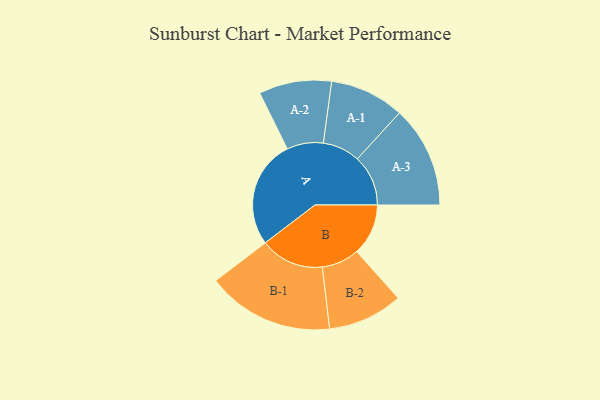
{"axis": {"x": "Segment", "y": "Value"}, "legend": ["", "A", "B"], "data": [{"x": "A", "y": 455, "type": ""}, {"x": "B", "y": 217, "type": ""}, {"x": "A-1", "y": 157, "type": "A"}, {"x": "A-2", "y": 153, "type": "A"}, {"x": "A-3", "y": 214, "type": "A"}, {"x": "B-1", "y": 268, "type": "B"}, {"x": "B-2", "y": 158, "type": "B"}]}